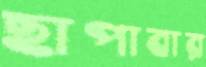
ছাপাবার